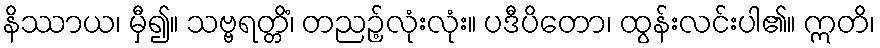
နိဿာယ၊ မှီ၍။ သဗ္ဗရတ္တိံ၊ တညဉ့်လုံးလုံး။ ပဒီပိတော၊ ထွန်းလင်းပါ၏။ ဣတိ၊